Jaan_Tonisson_(Lasteleht), lk 58
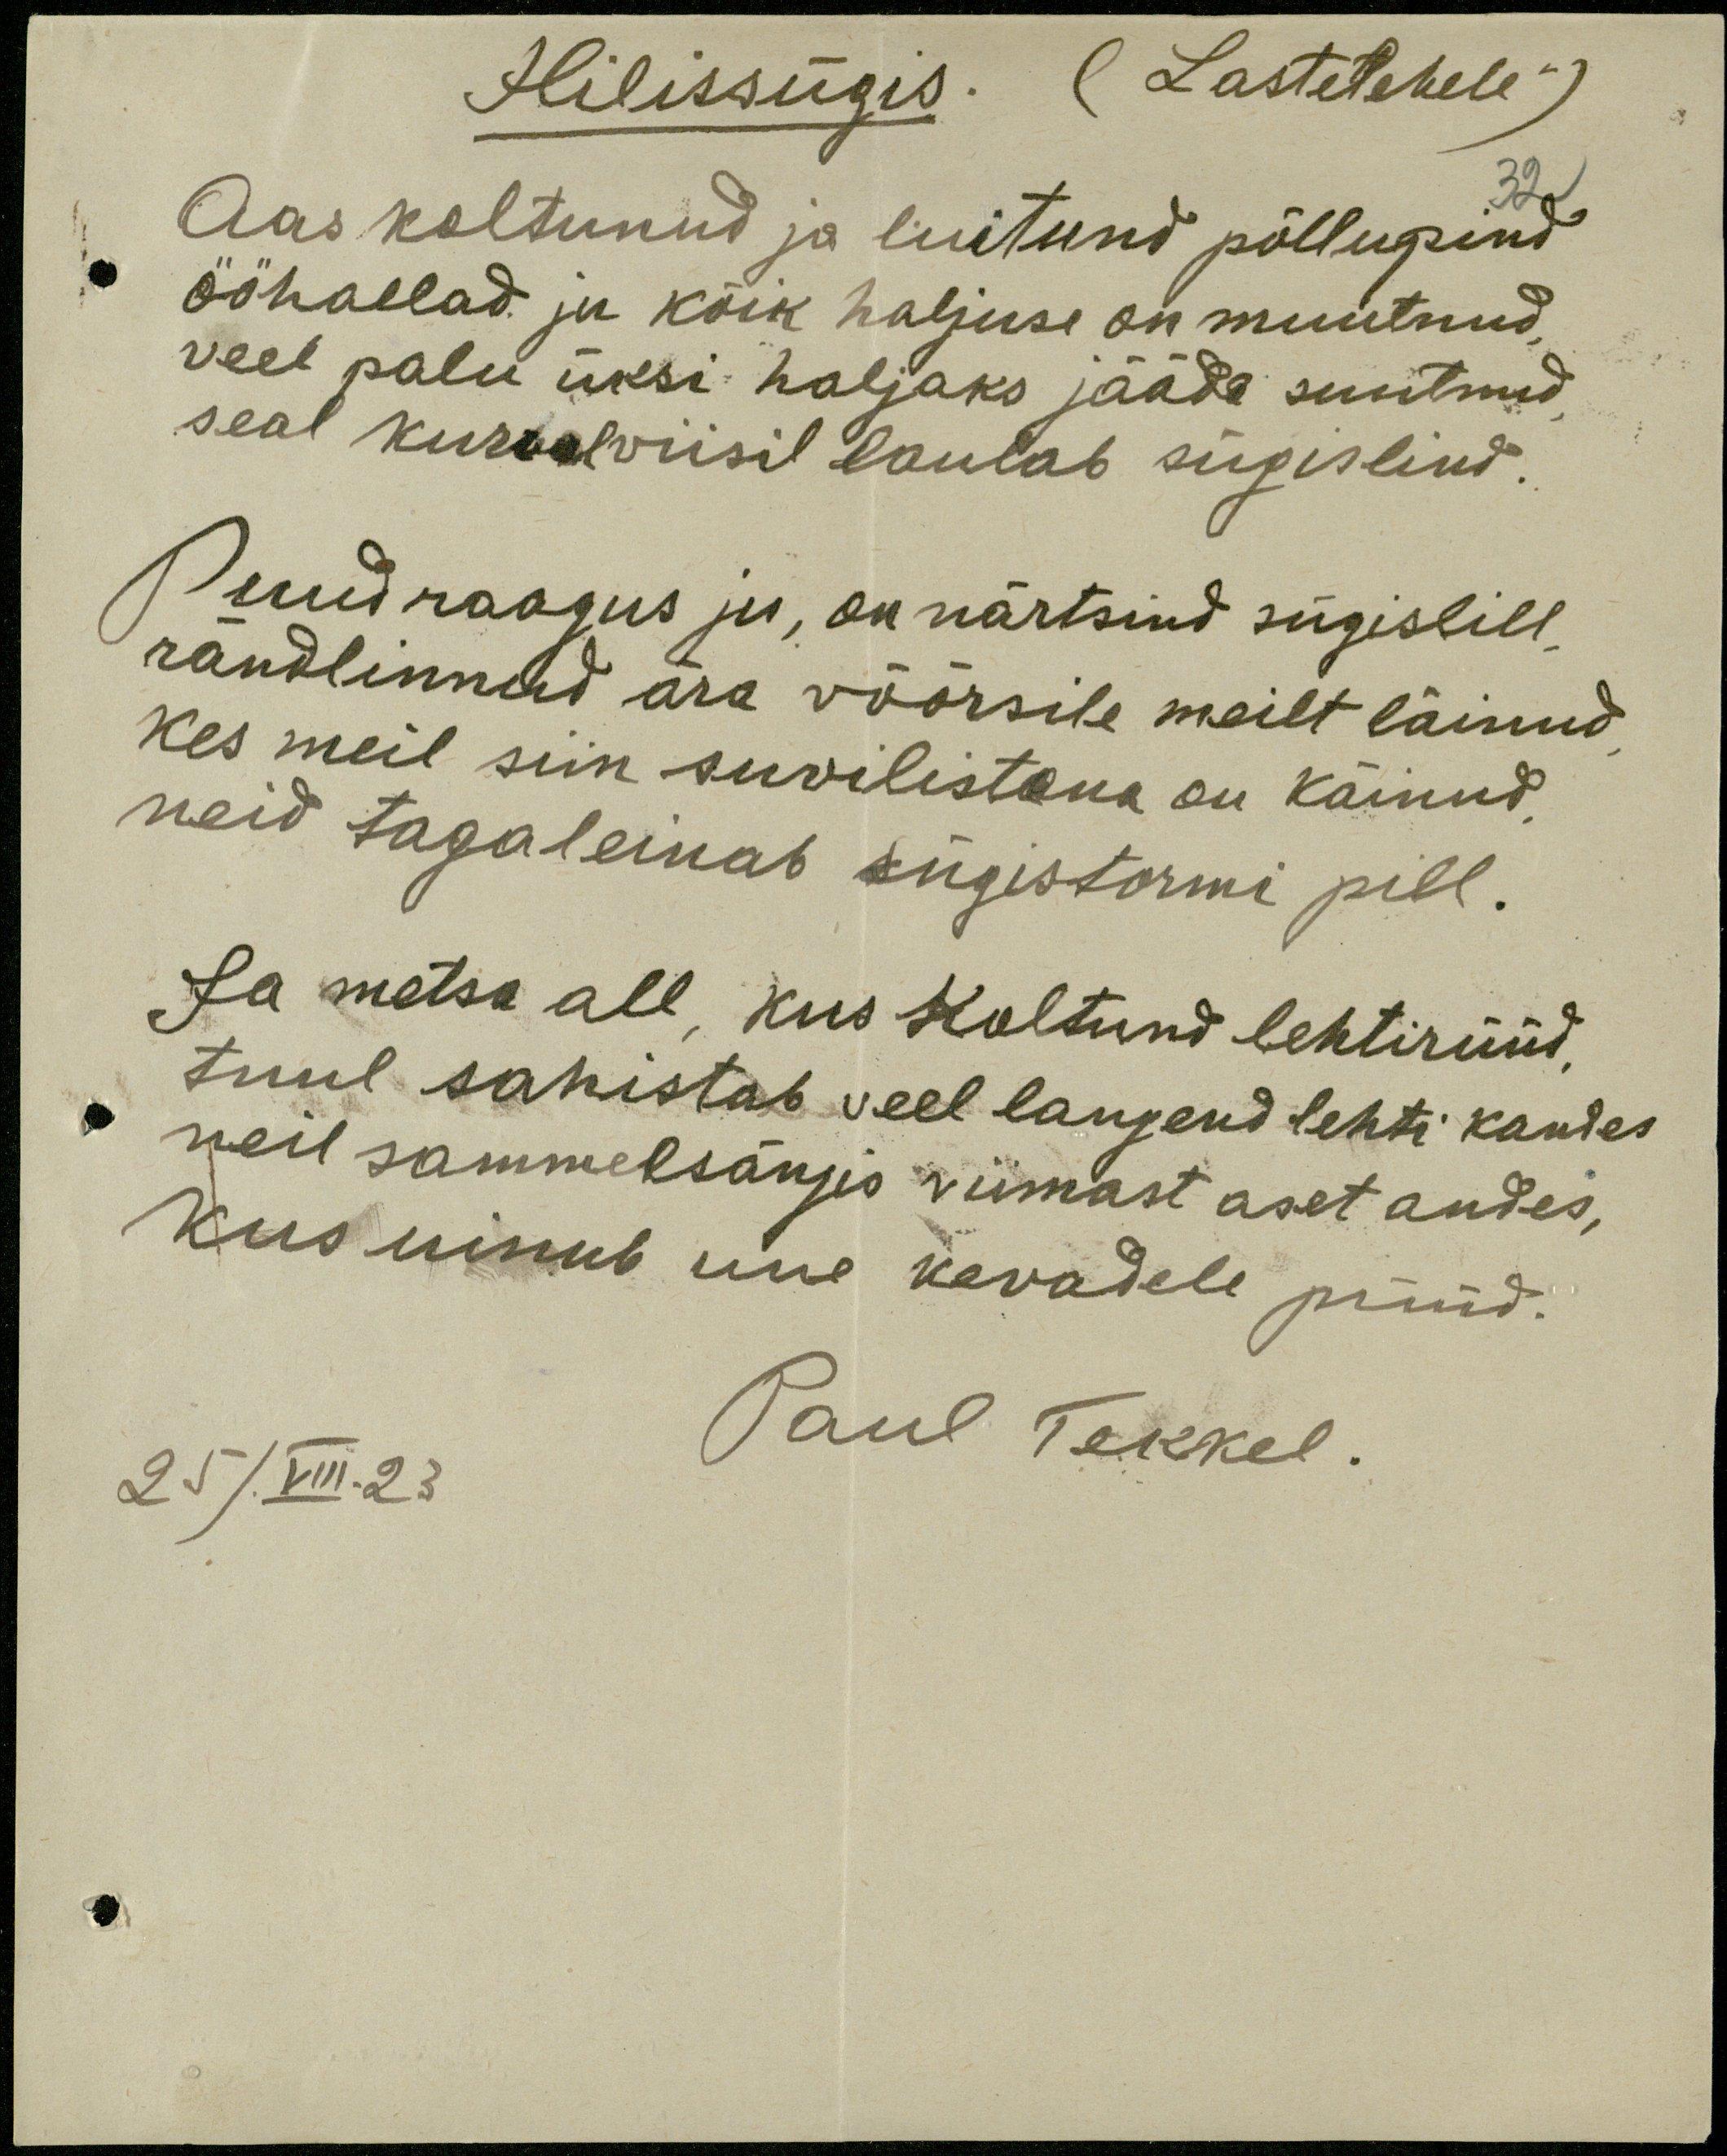
Hilissügis. (Lastelehele)
32
Aas koltunud ja luitund põllupind
ööhallad ju kõik haljuse on muutnud.
veel palu üksi haljaks jääda suutnud,
seal kurval wiisil laulab sügislind.
Puud raagus ju, on närtsind sügislill,
rändlinnud ära võõrsile meilt läinud
Kes meil siin suvilistena on käinud,
neid tagaleinab sügistormi pill.
Ja metsa all, kus Koltund lehtirüüd,
tuul sahistab veel langend lehti kandes
neil sammelsängis viimast aset andes,
Kus uinub une kevadele püüd.
Paul Tekkel.
25/VIII. 23